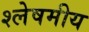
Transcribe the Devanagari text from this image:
श्लेषमीय